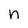
Character: n